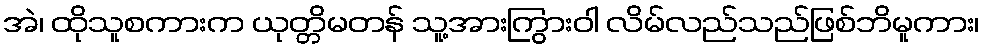
အဲ၊ ထိုသူစကားက ယုတ္တိမတန် သူ့အားကြွားဝါ လိမ်လည်သည်ဖြစ်ဘိမူကား၊